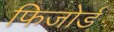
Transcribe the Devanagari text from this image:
फिजोर्ड